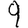
Digit: 9